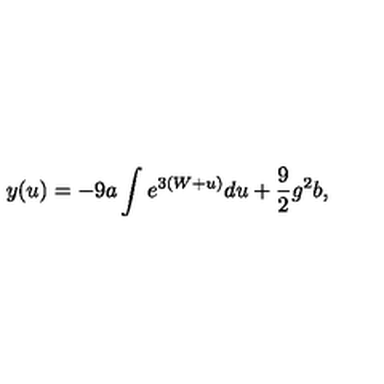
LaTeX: y ( u ) = - 9 a \int e ^ { 3 ( W + u ) } d u + \frac 9 2 g ^ { 2 } b ,